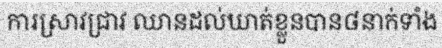
ការស្រាវជ្រាវ ឈានដល់ឃាត់ខ្លួនបាន៨នាក់ទាំង